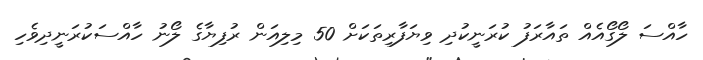
ހާއްސަ ލޯގޯއެއް ތައާރަފު ކުރަނީކުދި ވިޔަފާރިތަކަށް 50 މިލިއަން ރުފިޔާގެ ލޯނު ހާއްސަކުރަނީދިވެހި